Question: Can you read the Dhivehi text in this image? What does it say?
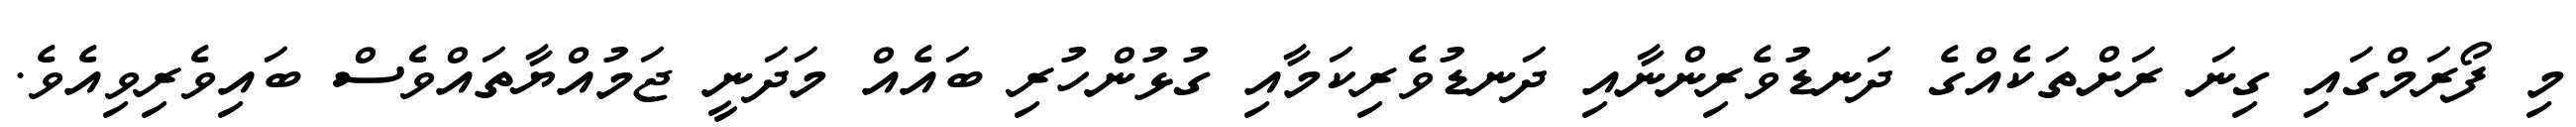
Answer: މި ފޯރަމްގައި ގިނަ ރަށްތަކެއްގެ ދަނޑުވެރިންނާއި ދަނޑުވެރިކަމާއި ގުޅުންހުރި ބައެއް މަދަނީ ޖަމުއްޔާތައްވެސް ބައިވެރިވިއެވެ.